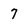
Character: 7